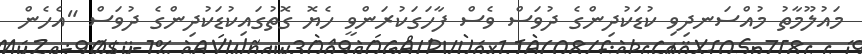
މައުލޫމާތު މުއްސަނދިވި ކުޑަކުދިންގެ ދުވަސް ވެސް ފާހަގަކުރަންވީ ހެޔޮ ގޮތުގައިކުޑަކުދިންގެ ދުވަސް "އެހެން